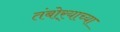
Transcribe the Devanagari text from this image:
तंबोर्‍याच्या